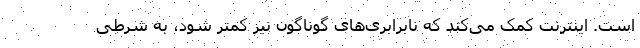
است. اینترنت کمک می‌کند که نابرابری‌های گوناگون نیز کمتر شود، به شرطی